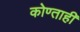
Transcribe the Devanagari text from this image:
कोण्ताही